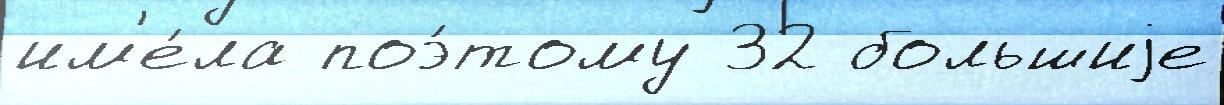
им'е́ла поэ́тому 32 большиjе